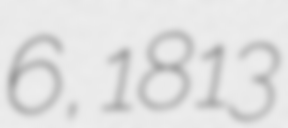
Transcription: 6, 1813